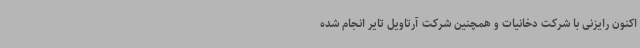
اکنون رایزنی با شرکت دخانیات و همچنین شرکت آرتاویل تایر انجام شده